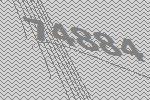
74884